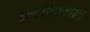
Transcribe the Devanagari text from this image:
हस्तपिस्तौल